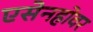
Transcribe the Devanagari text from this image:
एसेनहोवर